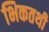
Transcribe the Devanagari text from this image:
भिकतथी